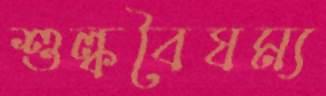
শুল্কবৈষম্য